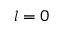
l = 0